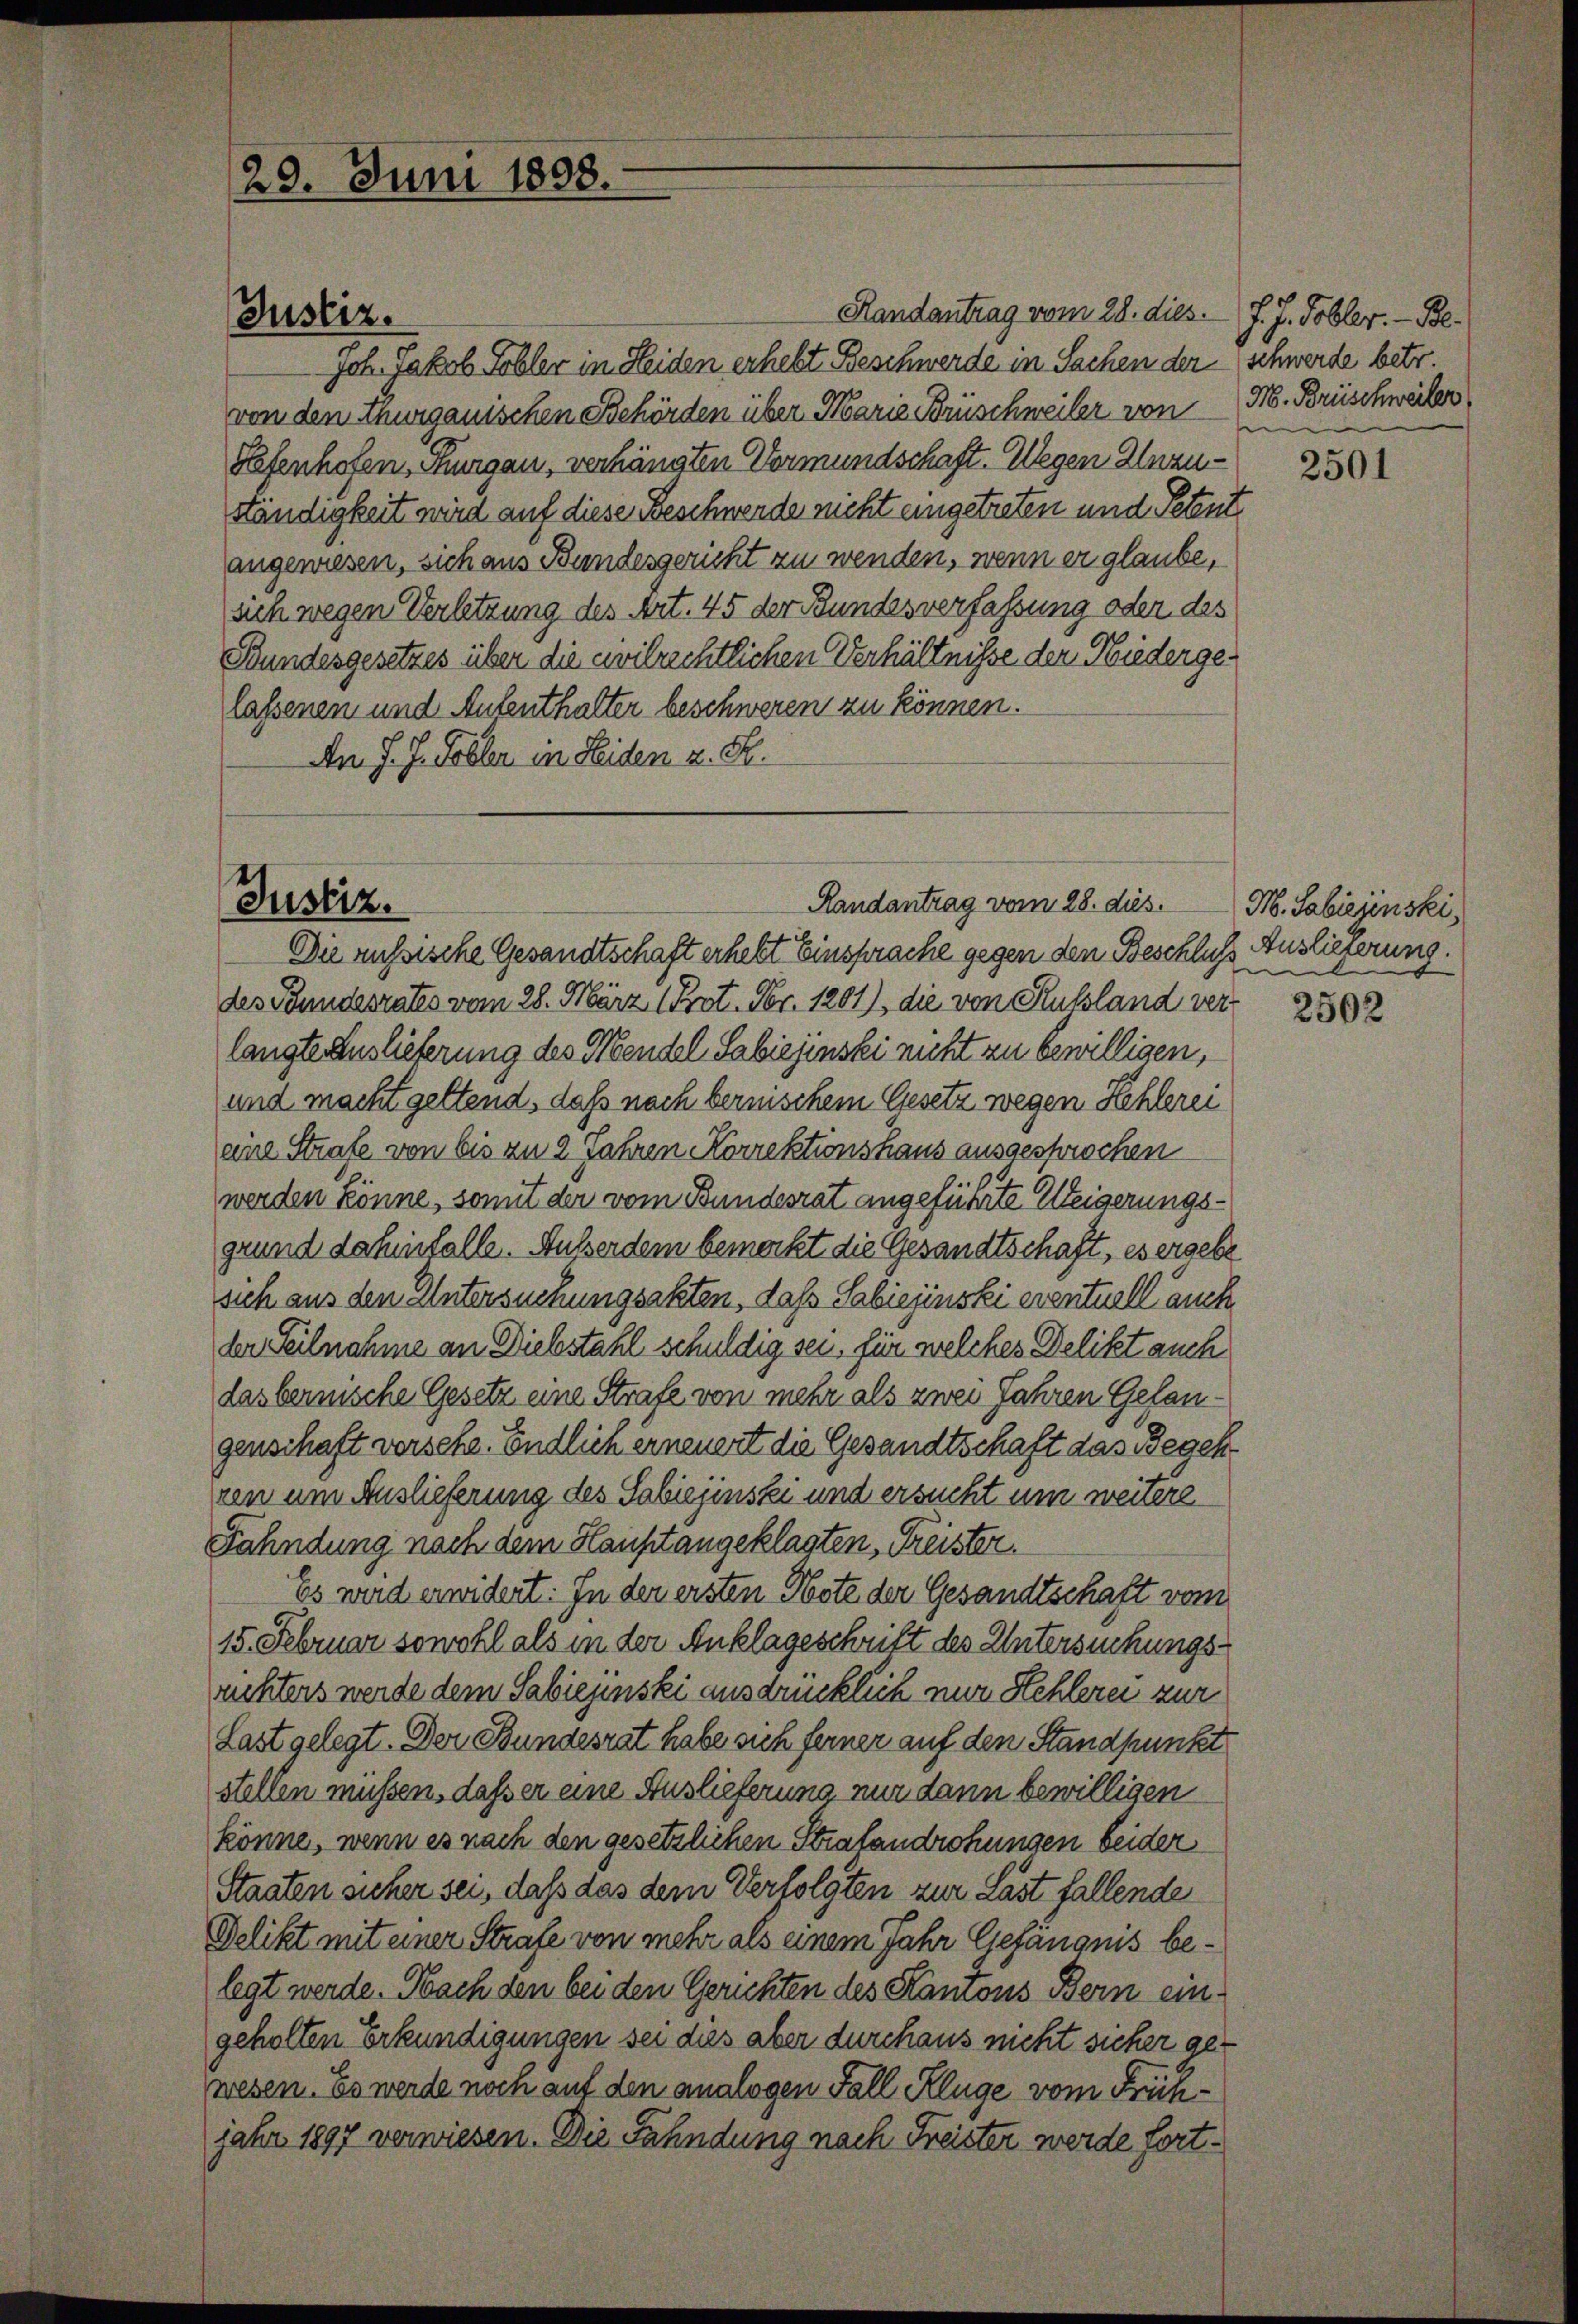
29. Juni 1898.

Handantrag vom 28. dies. J. J. Tobler. - Be¬
 Joh. Jakob Tobler in Heiden erhebt Beschwerde in Sachen der Schwerde betr.
von den Thurgauischen Behörden über Marie Brüschweiler von M. Brüschweiler
Hefenhofen, Thurgau, verhängten Vormundschaft. Wegen Unzuständigkeit wird auf diese Beschwerde nicht eingetreten und Petent
angewiesen, sich aus Bundesgericht zu wenden, wenn er glaube,
sich wegen Verletzung des Art. 45 der Bundesverfassung oder des
Bundesgesetzes über die civilrechtlichen Verhältnisse der Niedergelassenen und Aufenthalter beschweren zu können.
An J. J. Tobler in Seiden z. B.

Justiz.

Randantrag vom 28. dies
4 x
Die russische Gesandtschaft erhebt Einsprache gegen den Beschluß Auslieferung.
des Pfundesrates vom 28. März (Prot. Fr. 1201), die von Russland verlangte Auslieferung des Mendel Sabiejinski nicht zu bewilligen,
und macht geltend, daß nach bernischem Gesetz wegen Hehlerei
eine Strafe von bis zu 2 Jahren Korrektionshaus ausgesprochen
werden könne, somit der vom Bundesrat angeführte Weigerungsgrund dahinfalle. Außerdem bemerkt die Gesandtschaft, es ergebe
sich aus den Untersuchungsakten, daß Sabiejinski eventuell auch
der Teilnahme an Diebstahl schuldig sei, für welches Delikt auch
das bernische Gesetz eine Strafe von mehr als zwei Jahren Gelangenschaft versche. Endlich erneuert die Gesandtschaft das Begehren um Auslieferung des Sabiejinski und ersucht um weitere
Fahndung nach dem Haustangeklagten, Freister.
Es wird erwidert. In der ersten Note der Gesandtschaft vom
15. Februar sowohl als in der Anklageschrift des Untersuchungsuchters werde dem Sabiejinski ausdrücklich nur Kehlerei zur
Last gelegt. Der Bundesrat habe sich ferner auf den Standpunkt
stellen müssen, daß er eine Auslieferung nur dann bewilligen
könne, wenn es nach den gesetzlichen Strafandrohungen beider
Staaten sicher sei, daß das dem Verfolgten zur Last fallende
Delikt mit einer Strafe von mehr als einem Jahr Gefängnis belegt werde. Nach den bei den Gerichten des Kantons Bern eingeholten Erkundigungen sei dies aber durchaus nicht sicher gewesen. Es werde noch auf den analogen Fall Kluge vom Frühjahr 1897 verwiesen. Die Fahndung nach Freister werde fort¬

Justiz.

2501

M. Sabiejinstei

2502